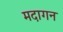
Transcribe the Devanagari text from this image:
मदागन